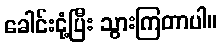
ခေါင်းငုံ့ပြီး သွားကြတာပါ။